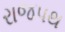
રાજપથ